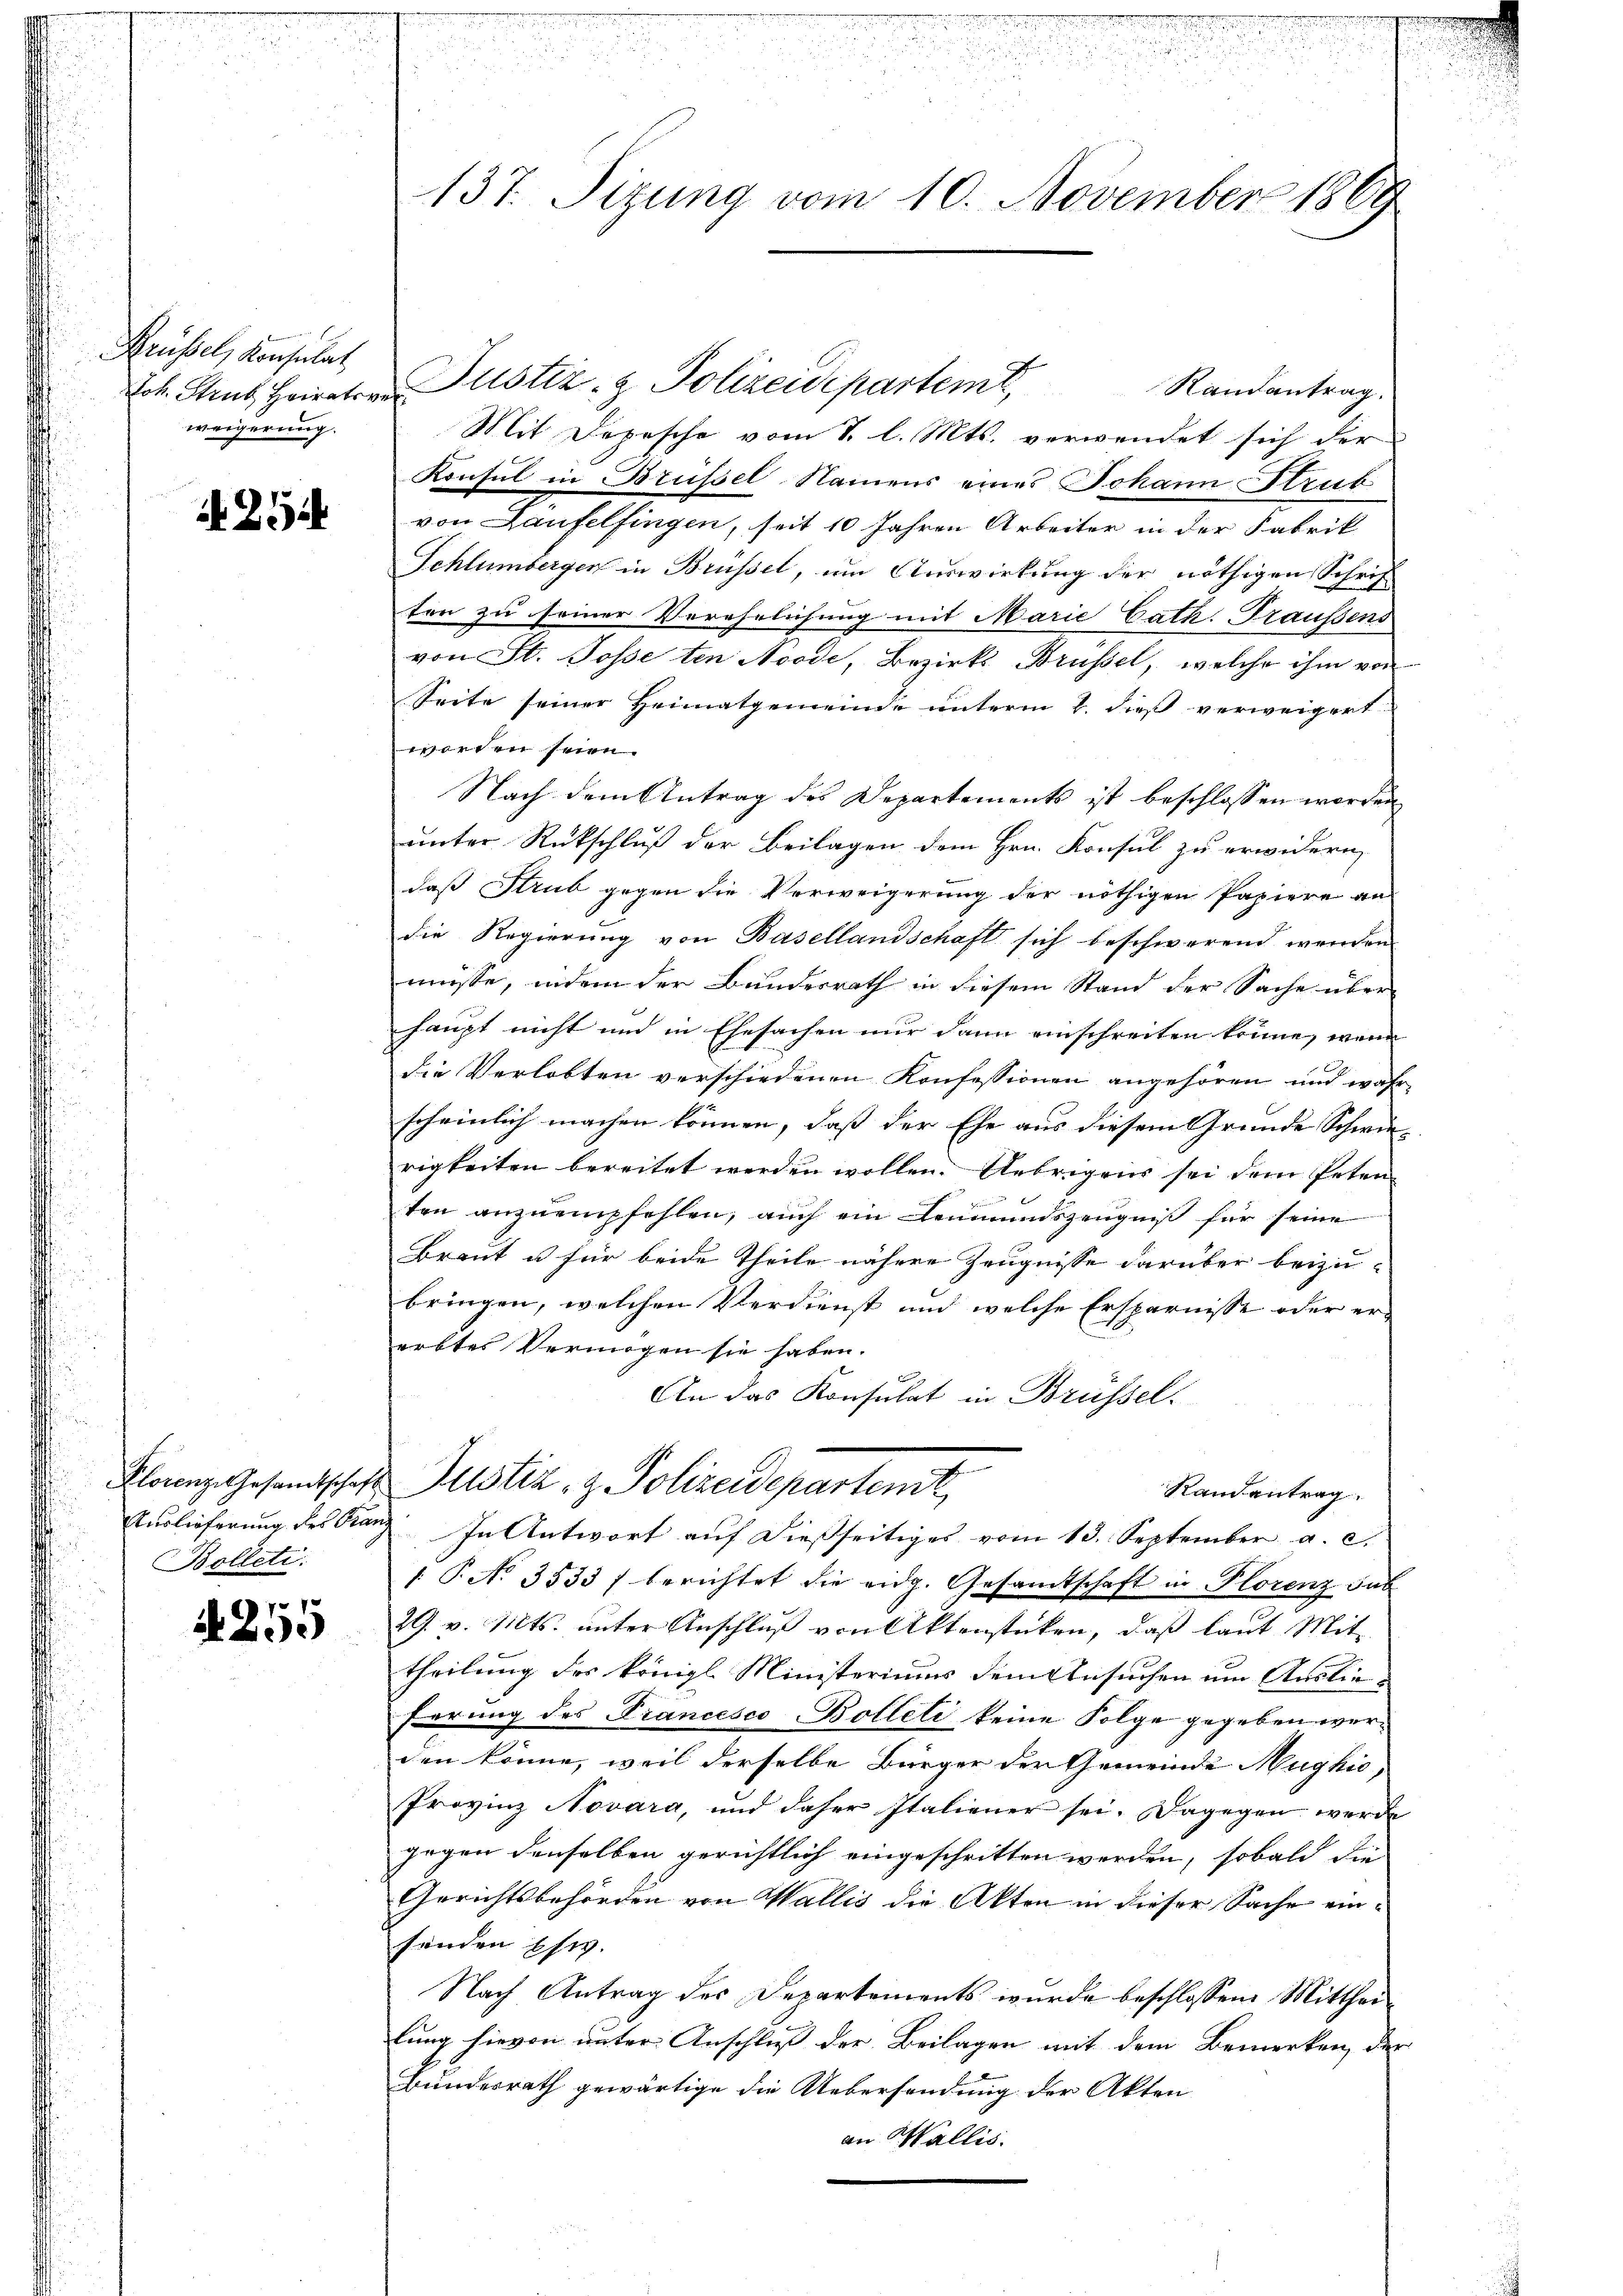
Krüssel, Konsulat,
weigerung.

21

Plorenz. Gesandtschaft
Auslieferung des Gra¬
Bolleti.

71
29.

137. Sizung vom 10. November 1869

Lok. Staub, Heiraten Justiz- & Polizeidepartemt,
Randantrag.
Mit Depesche vom 7. l. Mts. verwendet sich der
Konsul in Brüssel Namens eines Johann Strub
von Laufelfingen, seit 10 Jahren Arbeiter in der Fabrik
Schlümberger in Brüssel, um Auswirkung der nöthigen Schrif
ten zu seiner Verehrlichung mit Marie Cath. Traussens
von St. Posse ten Noode, Bezirks Brüssel, welche ihm von
Seite seiner Heimatgemeinde unterm 4. dieß verweigert
worden seien.
Nach dem Antrag des Departements ist beschlossen worden
unter Rückschluß der Beilagen dem Hrn. Konsul zu erwidern,
daß Strub gegen die Verweigerung der nöthigen Papiere an
die Regierung von Basellandschaft sich beschwerend werden
müsse, indem der Bundesrath in diesem Stand der Sache über
haupt nicht und in Ehesachen nur dann einschreiten könne, wenn
die Verlobten verschiedenen Konfessionen angehören und wahr
scheinlich machen können, dass der Ehe aus diesem Gründe Schwie- |
rigkeiten bereitet werden wollen. Uebrigens sei dem Petenten anzuempfehlen, auch ein Leumundszeugniß für seine
Braut u für beide Theile nähere Zeugnisse darüber beizu-
bringen, welchen Verdienst und welche Ersparnisse oder ererbtes Vermögen sie haben.
f
An das Konsulat in Brüssel
Justiz- & Polizeidepartemt
Randantrag.
 In Antwort auf diessseitiges vom 13. September a. c.
/. P. No 3533) berichtet die eidg. Gesamtschaft in Florenz sub
29. v. Mts. unter Anschluß von Aktenstücken, daß laut Mit
theilung des Königl. Ministeriums dem Ansuchen um Auslie¬
Errung des Francesco Bolleti keine Folge gegeben werden könne, weil derselbe Bürger der Gemeinde Mugkić,
Provinz Novara, und daher Italiener sei. Dagegen werde
gegen denselben gerichtlich eingeschritten werden, sobald die
Gerichtsbehörden von Wallis die Akten in dieser Sache einsänden schw.
Nach Antrag des Departements wurde beschlossen: Mittheilung hievon unter Anschluß der Beilagen mit dem Bemerken der
Bundesrath gewärtige die Uebersendung der Akten
an Wallis.